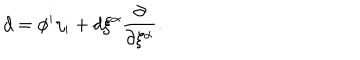
d = \phi ^ { i } \eta _ { i } + d \xi ^ { \alpha } \frac { \partial } { \partial \xi ^ { \alpha } } .